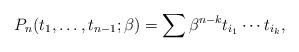
LaTeX: \begin{gather*}P_n(t_1,\ldots,t_{n-1}; \beta)= \sum \beta^{n-k} t_{i_{1}} \cdots t_{i_{k}},\end{gather*}